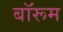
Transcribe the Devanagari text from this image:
बॉरूम